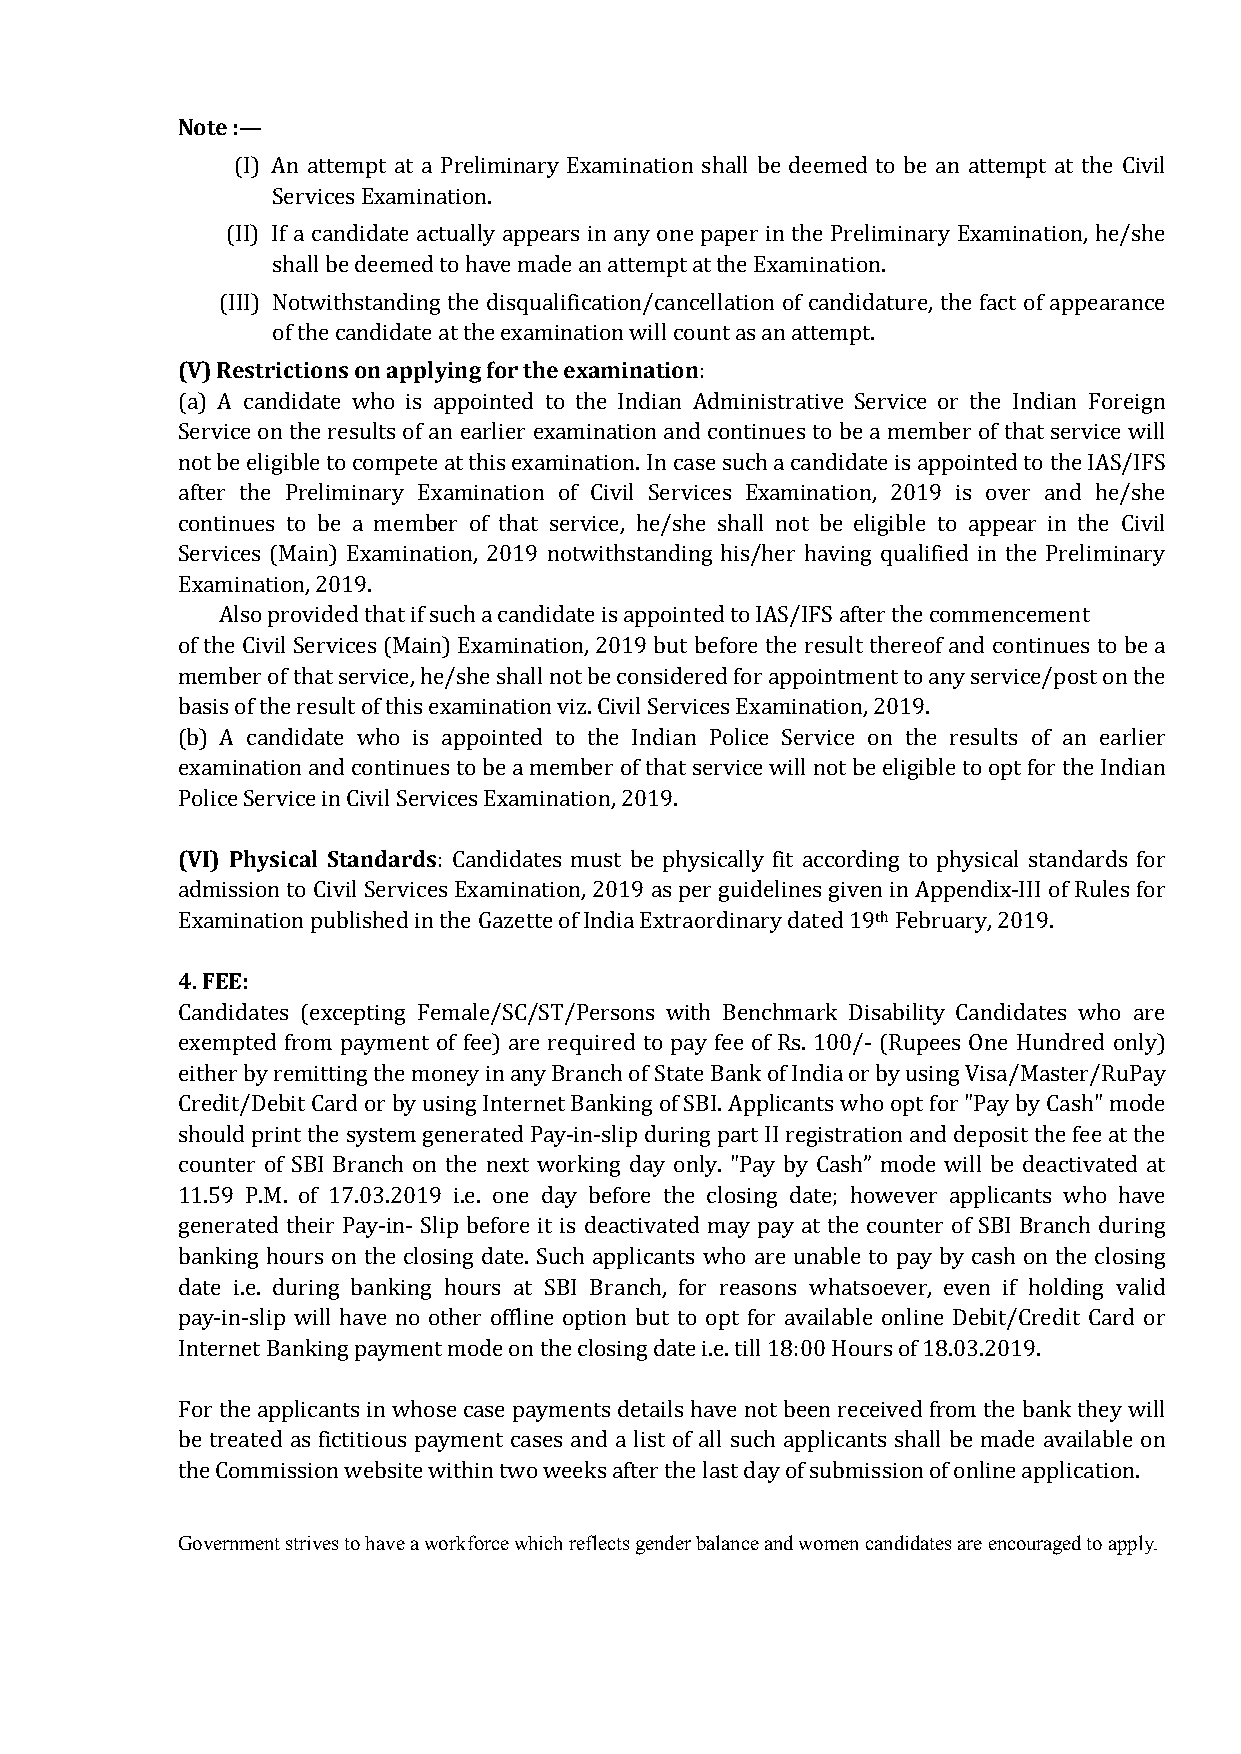
Note :—
 (I) An attempt at a Preliminary Examination shall be deemed to be an attempt at the Civil
 Services Examination.
 (II) If a candidate actually appears in any one paper in the Preliminary Examination, he/she
 shall be deemed to have made an attempt at the Examination.
 (III) Notwithstanding the disqualification/cancellation of candidature, the fact of appearance
 (V) Restrictions on applying for the examination
 of the candidate at the examination will count as an attempt.
 :
 (a) A candidate who is appointed to the Indian Administrative Service or the Indian Foreign
 Service on the results of an earlier examination and continues to be a member of that service will
 not be eligible to compete at this examination. In case such a candidate is appointed to the IAS/IFS
 after the Preliminary Examination of Civil Services Examination, 2019 is over and he/she
 continues to be a member of that service, he/she shall not be eligible to appear in the Civil
 Services (Main) Examination, 2019 notwithstanding his/her having qualified in the Preliminary
 Examination, 2019.
 Also provided that if such a candidate is appointed to IAS/IFS after the commencement
 of the Civil Services (Main) Examination, 2019 but before the result thereof and continues to be a
 member of that service, he/she shall not be considered for appointment to any service/post on the
 basis of the result of this examination viz. Civil Services Examination, 2019.
 (b) A candidate who is appointed to the Indian Police Service on the results of an earlier
 examination and continues to be a member of that service will not be eligible to opt for the Indian
 Police Service in Civil Services Examination, 2019.
 (VI) Physical Standards
 : Candidates must be physically fit according to physical standards for
 admission to Civil Services Examination, 2019 as per guidelines given in Appendix-III of Rules for
 th
 Examination published in the Gazette of India Extraordinary dated 19 February, 2019.
 4. FEE:
 Candidates (excepting Female/SC/ST/Persons with Benchmark Disability Candidates who are
 exempted from payment of fee) are required to pay fee of Rs. 100/- (Rupees One Hundred only)
 either by remitting the money in any Branch of State Bank of India or by using Visa/Master/RuPay
 Credit/Debit Card or by using Internet Banking of SBI. Applicants who opt for "Pay by Cash" mode
 should print the system generated Pay-in-slip during part II registration and deposit the fee at the
 counter of SBI Branch on the next working day only. "Pay by Cash” mode will be deactivated at
 11.59 P.M. of 17.03.2019 i.e. one day before the closing date; however applicants who have
 generated their Pay-in- Slip before it is deactivated may pay at the counter of SBI Branch during
 banking hours on the closing date. Such applicants who are unable to pay by cash on the closing
 date i.e. during banking hours at SBI Branch, for reasons whatsoever, even if holding valid
 pay-in-slip will have no other offline option but to opt for available online Debit/Credit Card or
 Internet Banking payment mode on the closing date i.e. till 18:00 Hours of 18.03.2019.
 For the applicants in whose case payments details have not been received from the bank they will
 be treated as fictitious payment cases and a list of all such applicants shall be made available on
 the Commission website within two weeks after the last day of submission of online application.
 Government strives to have a workforce which reflects gender balance and women candidates are encouraged to apply.